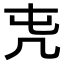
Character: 𠘸